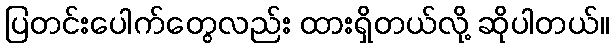
ပြတင်းပေါက်တွေလည်း ထားရှိတယ်လို့ ဆိုပါတယ်။